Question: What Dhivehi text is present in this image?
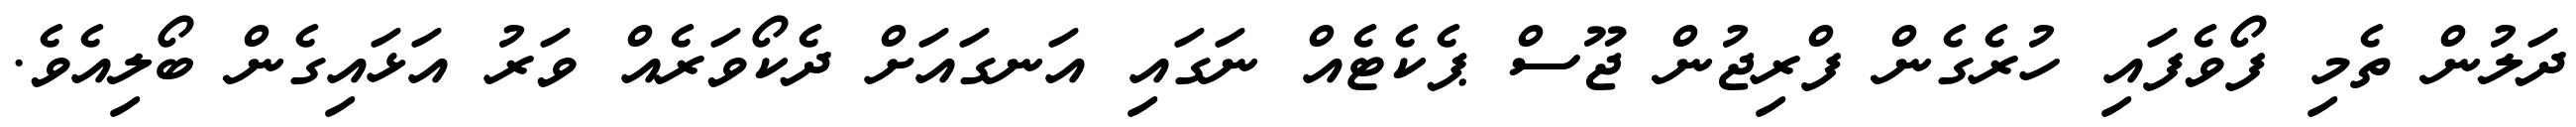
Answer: ދަލުން ތެމި ފޯވެފައި ހުރެގެން ފްރިޖުން ޖޫސް ޕެކެޓެއް ނަގައި އަނގައަށް ދެކޯވަރެއް ވަރު އަޅައިގެން ބޯލިއެވެ.